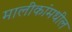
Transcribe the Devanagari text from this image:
मालीकांमधील